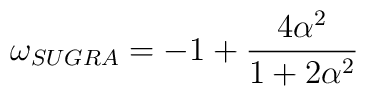
\omega_{SUGRA}=-1+\frac{4\alpha^2}{1+2\alpha^2}